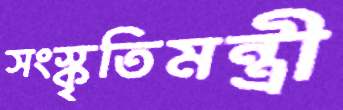
সংস্কৃতিমন্ত্রী